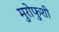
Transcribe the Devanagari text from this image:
मुरोफुशी